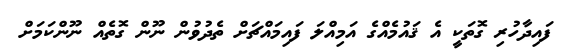
ފައިދާހުރި ގޮތަކީ އެ ޤައުމެއްގެ އަމިއްލަ ފައިމައްޗަށް ތެދުވުން ނޫން ގޮތެއް ނޫންކަމަށް